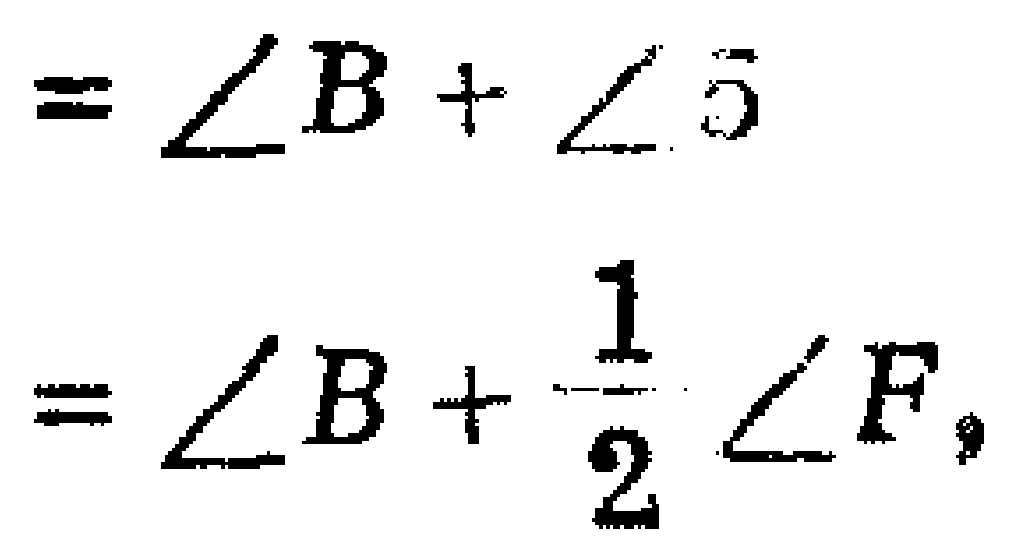
\[
\begin{align*}
&=\angle B+\angle 5\\
&=\angle B + \frac{1}{2}\angle F,
\end{align*}
\]